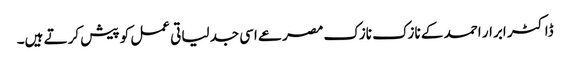
ڈاکٹر ابرار احمد کے نازک نازک مصرعے اسی جدلیاتی عمل کو پیش کرتے ہیں۔